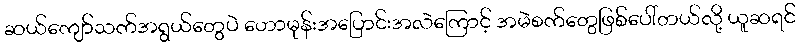
ဆယ်ကျော်သက်အရွယ်တွေပဲ ဟောမုန်းအပြောင်းအလဲကြောင့် အမဲစက်တွေဖြစ်ပေါ်တယ်လို့ ယူဆရင်